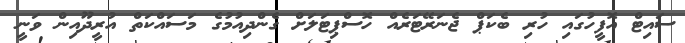
ސައިޓް އޮފީހުގައި ހުރި ބެކަޕް ޖެނަރޭޓަރެއް ހޮސްޕިޓަލަށް ގެންދިއުމުގެ މަސައްކަތް އުރީދޫއިން ވަނީ